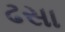
ઢસા